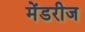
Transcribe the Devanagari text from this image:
मेंडरीज